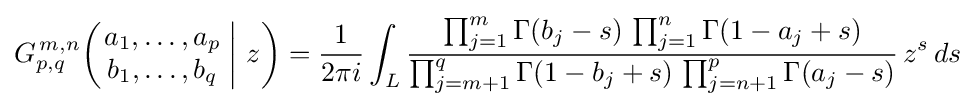
G_{p,q}^{\,m,n}\!\left(\left.{\begin{matrix}a_{1},\dots ,a_{p}\\b_{1},\dots ,b_{q}\end{matrix}}\;\right|\,z\right)={\frac {1}{2\pi i}}\int _{L}{\frac {\prod _{j=1}^{m}\Gamma (b_{j}-s)\,\prod _{j=1}^{n}\Gamma (1-a_{j}+s)}{\prod _{j=m+1}^{q}\Gamma (1-b_{j}+s)\,\prod _{j=n+1}^{p}\Gamma (a_{j}-s)}}\,z^{s}\,ds